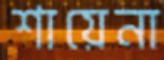
শায়েনা